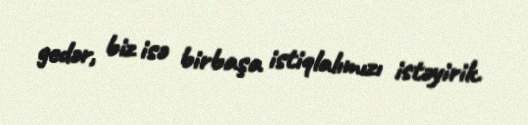
gedər, biz isə birbaşa istiqlalımızı istəyirik.